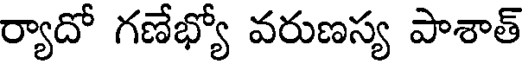
ర్యాదో గణేభ్యో వరుణస్య పాశాత్